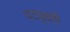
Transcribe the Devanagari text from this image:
वटवृक्षही